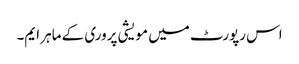
اس رپورٹ میں مویشی پروری کے ماہر ایم۔